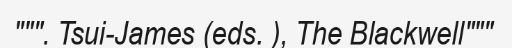
""". Tsui-James (eds. ), The Blackwell"""